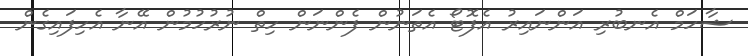
ޝާހަމް އެނބުރި އަންނައިރު އެފޮޓޯ އެތަނުން ފެންނަން ހިތް ނުރުހުމުން އޭނާ އެހިފައިގެން